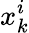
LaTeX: x_{k}^{i}